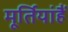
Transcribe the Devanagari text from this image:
मूर्तियांहैं